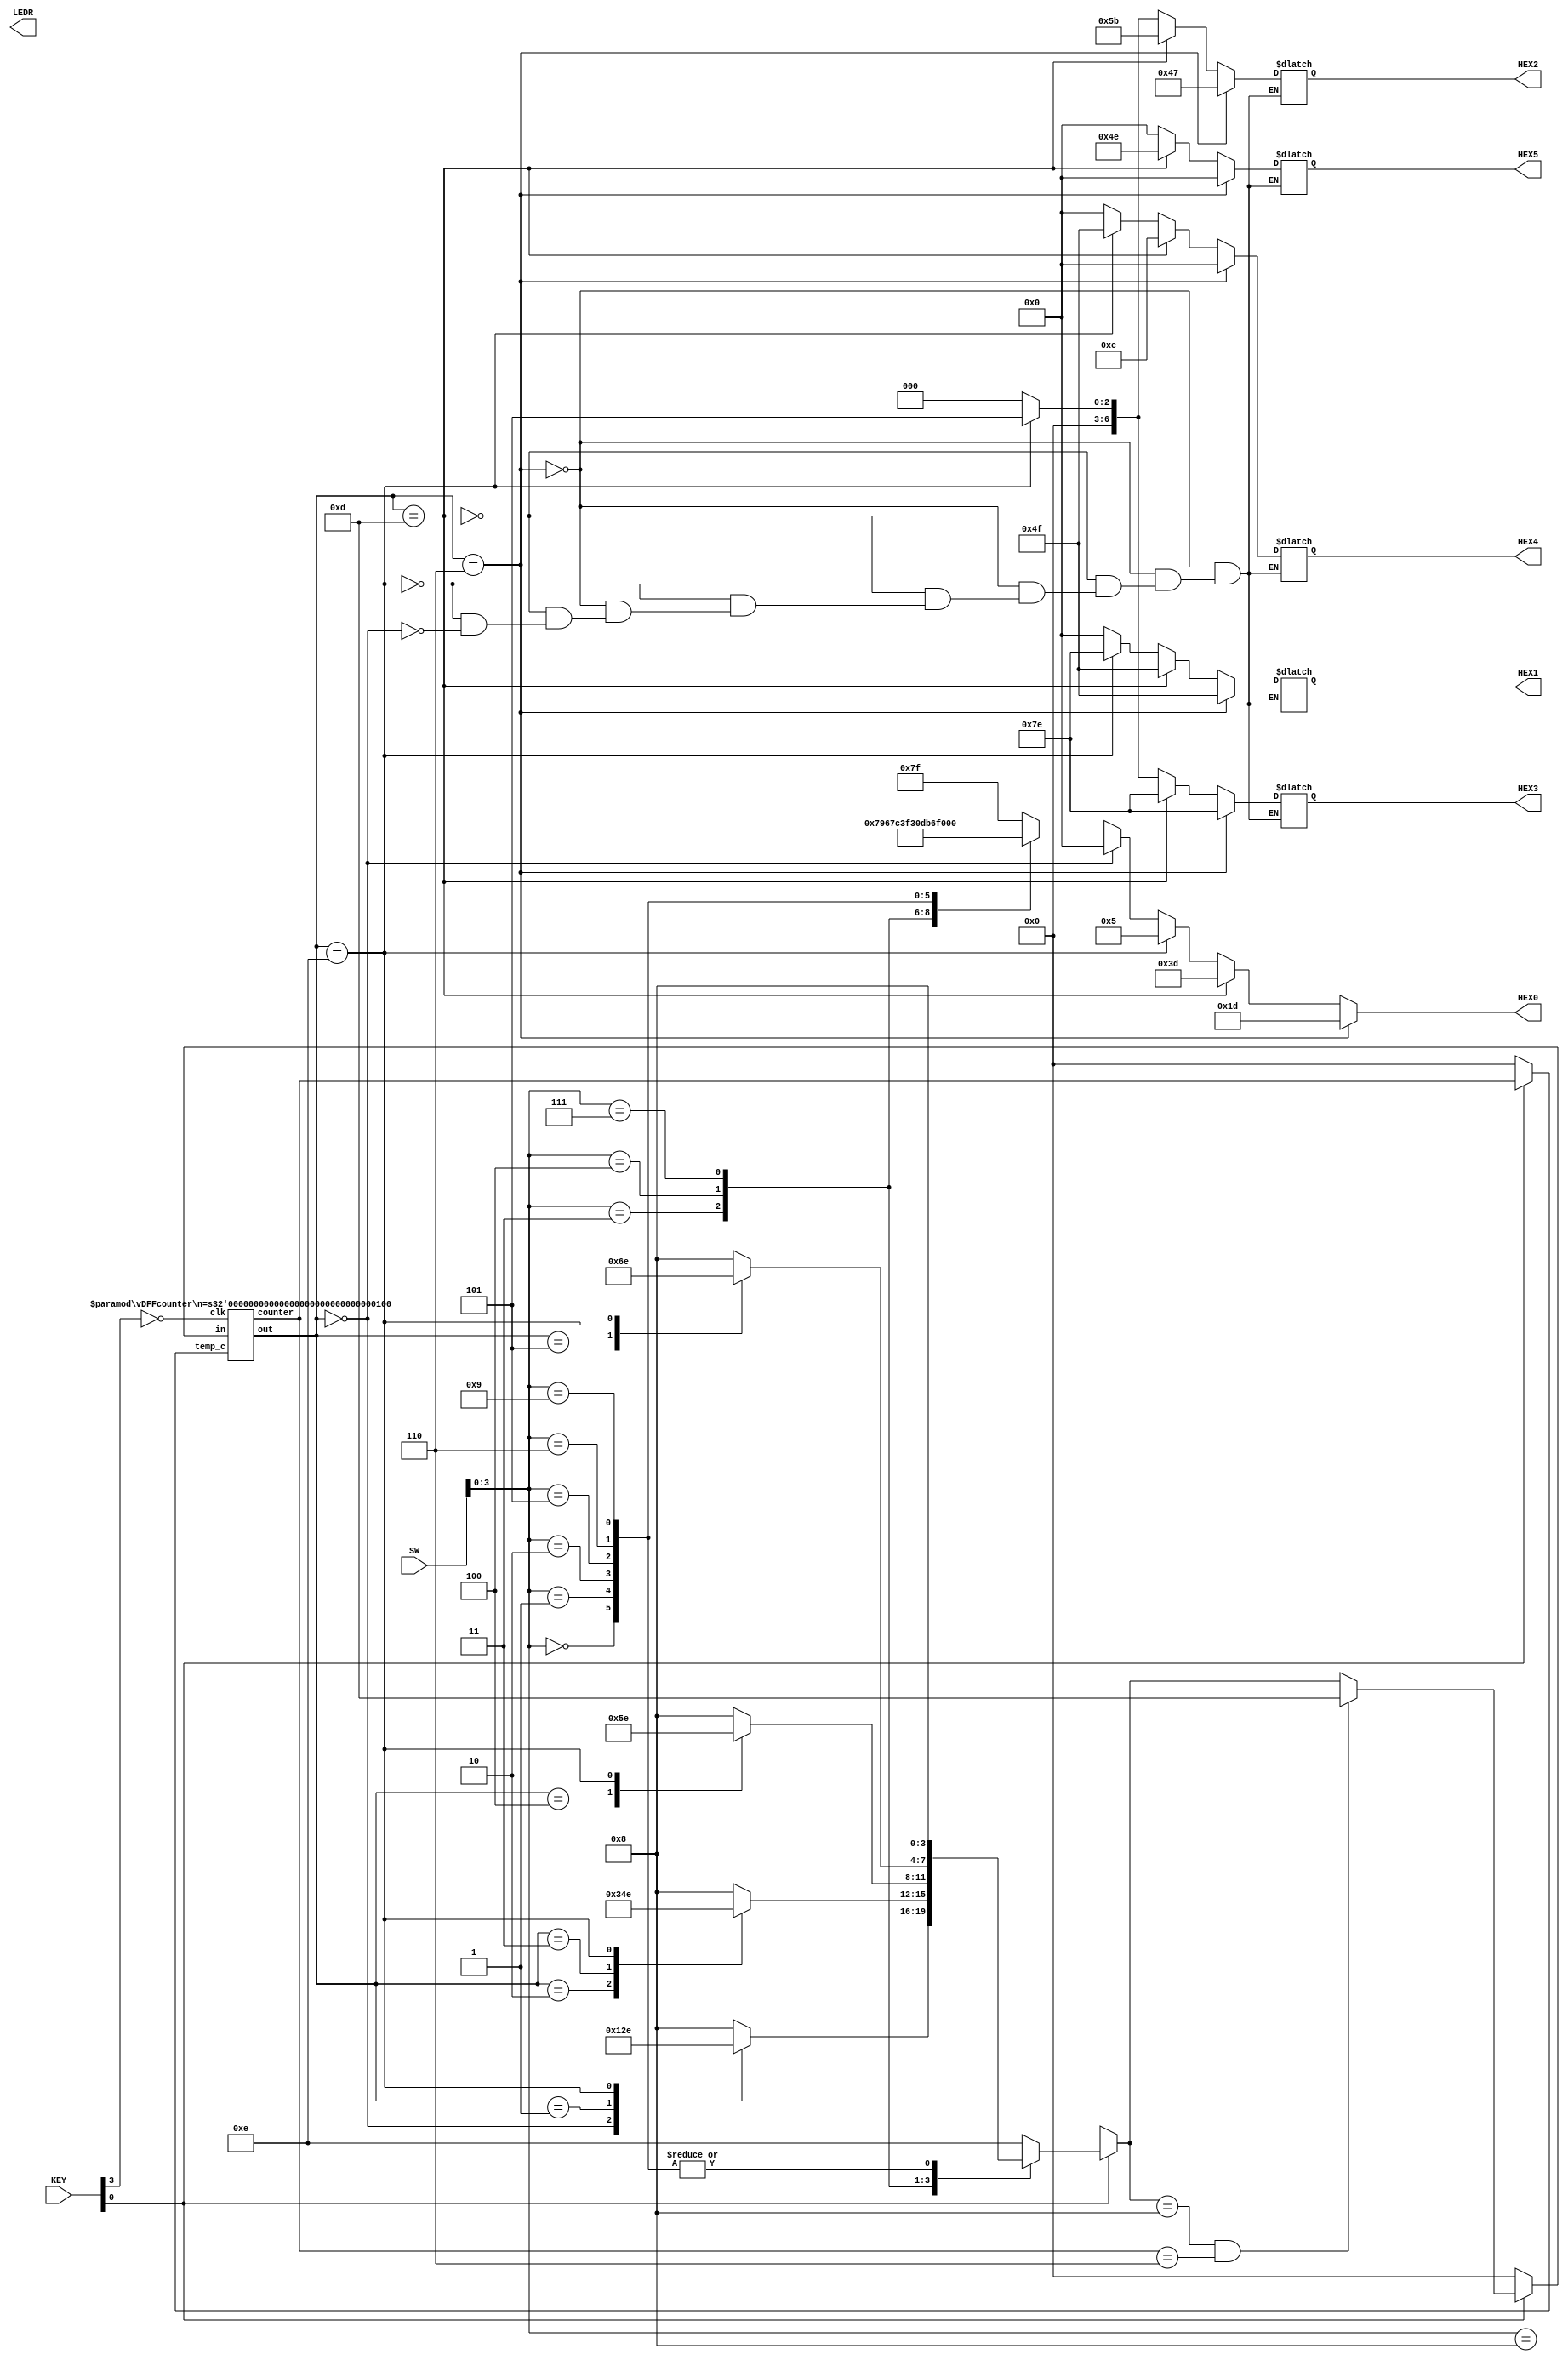
module lab3_top(SW,KEY,HEX0,HEX1,HEX2,HEX3,HEX4,HEX5,LEDR);
input [9:0] SW;
input [3:0] KEY;
output reg [6:0] HEX0, HEX1, HEX2, HEX3, HEX4, HEX5;
output [9:0] LEDR; // optional: use these outputs for debugging on your DE1-SoC

wire [3:0] counter;
reg [6:0] temp;
reg [3:0] temp_c;
reg [3:0] next_states;
wire [3:0] states;

`define CLOSED {7'b1001110,7'b0001110,7'b1111110,7'b1011011,7'b1001111,7'b0111101}
`define OPEN {7'b0000000,7'b0000000,7'b1111110,7'b1000111,7'b1001111,7'b0011101}
`define ERROR {7'b0000000,7'b1001111,7'b0000101,7'b0000101,7'b1111110,7'b0000101}
`define START {6{7'b0000000}}

`define eight 4'b1000
`define three 4'b0011
`define four 4'b0100
`define seven 4'b0111

`define start 4'b0000
`define num1_t 4'b0001
`define num2_t 4'b0010
`define num3_t 4'b0011
`define num4_t 4'b0100
`define num5_t 4'b0101
`define correct 4'b0110
`define wrong 4'b1000
`define closed 4'b1101
`define error 4'b1110

vDFFcounter #(4) STATE(~KEY[3],next_states,states,temp_c,counter);  //instantiate DFF with counter

always @(*)  begin
  temp_c = counter;
  if (KEY[0] == 1'b0) begin
      next_states = `start;                          
	   temp_c = 4'b0000; 			//reset the counter
	end
  else begin
	case(SW[3:0])
	`eight: begin                 //when 8 is entered
	   case(states)
		 `start: next_states = `num1_t;
		 `num1_t:next_states = `num2_t;

		 `error: next_states = `error;    //while in error, ignore any inputs
		default: next_states = `wrong;
            endcase
	    temp = 7'b1111111;
	end

	`three: begin                 //when 3 is entered
	    case(states)
		 `num2_t: next_states = `num3_t;
		 `num3_t: next_states = `num4_t;
		 `error:  next_states = `error; 
		 default: next_states = `wrong;
	    endcase
	    temp = 7'b1111001;
	end

	`four: begin
	    case(states)
		 `num4_t: next_states = `num5_t;
		 `error:  next_states = `error;
		 default: next_states = `wrong;
	    endcase
	    temp = 7'b0110011;
	end

	`seven: begin
	    case(states)
		 `num5_t: next_states = `correct;
		 `error:  next_states = `error;
		 default: next_states = `wrong;
	    endcase
	    temp = 7'b1110000;
	end

	4'b0000: {next_states,temp} = {`wrong,7'b1111110};    //other numbers
	4'b0001: {next_states,temp} = {`wrong,7'b0110000};
	4'b0010: {next_states,temp} = {`wrong,7'b1101101};
	4'b0101: {next_states,temp}= {`wrong,7'b1011011};
	4'b0110: {next_states,temp}= {`wrong,7'b1011111};
	4'b1001: {next_states,temp} = {`wrong,7'b1111011};

  	default: next_states = `error;                       //if no number between 0-9, set next state to be error
  	endcase

	if (next_states == `wrong && counter == 4'b0110)
	  next_states = `closed;
  end
  if (states == `correct)                                //outputs
   {HEX5,HEX4,HEX3,HEX2,HEX1,HEX0} = `OPEN;
  else if(states == `closed)
  {HEX5,HEX4,HEX3,HEX2,HEX1,HEX0} = `CLOSED;
  else if(states == `error)
  {HEX5,HEX4,HEX3,HEX2,HEX1,HEX0} = `ERROR;
  else if(states == `start)
  {HEX5,HEX4,HEX3,HEX2,HEX1,HEX0} = `START;
  else
	HEX0 = temp;                                  //show the number being entered
end
endmodule


module vDFFcounter(clk,in,out,temp_c,counter);
  parameter n = 1;
  input clk;
  input [n-1:0]in;
  output [n-1:0] out ;
  reg [n-1:0] out ;
  
  input [3:0] temp_c;
  output [3:0] counter;
  reg [3:0]counter;
  always@(posedge clk) begin
    out = in;
    counter = temp_c+1'b1;

  end
endmodule